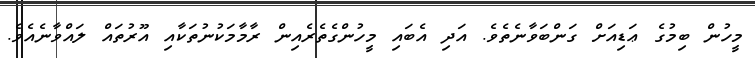
މީހުން ބިމުގެ ޢަޑިއަށް ގަންބަވާނެތެވެ. އަދި އެބައި މީހުންގެތެރެއިން ރާމާމަކުނުތަކާއި އޫރުތައް ލައްވާނެއެވެ.